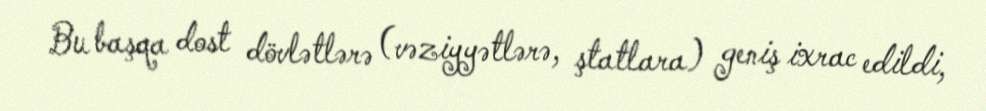
Bu başqa dost dövlətlərə (vəziyyətlərə, ştatlara) geniş ixrac edildi,